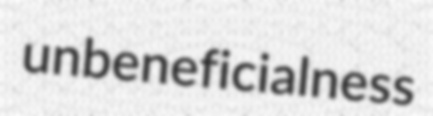
unbeneficialness